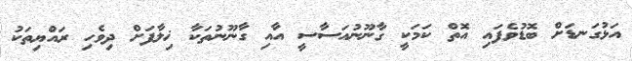
އަޅުގަނޑަށް ބޮޑުވެފައި އޮތް ކަމަކީ ގާނޫނުއަސާސީ އާއި ގާނޫނުތަކާ ޚިލާފަށް ދިވެހި ރައްޔިތަކު